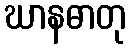
ဃာနဓာတု